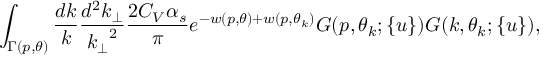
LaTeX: \int _ { \Gamma ( p , \theta ) } { \frac { d k } { k } } { \frac { d ^ { 2 } k _ { \perp } } { { { k } _ { \perp } } ^ { 2 } } } { \frac { 2 C _ { V } \alpha _ { s } } { \pi } } e ^ { - w ( p , \theta ) + w ( p , \theta _ { k } ) } G ( p , \theta _ { k } ; \{ u \} ) G ( k , \theta _ { k } ; \{ u \} ) ,